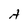
Character: A